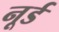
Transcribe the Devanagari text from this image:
नूर्ड